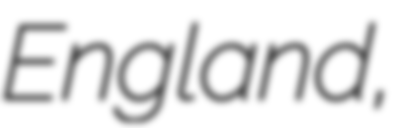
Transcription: England,